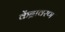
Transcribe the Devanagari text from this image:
केंद्रावरण